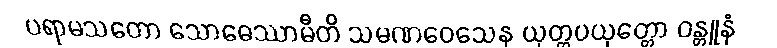
ပရာမသတော သောဓေဿာမီတိ သမဏဝေသေန ယုတ္တပယုတ္တော ဝန္တူနံ